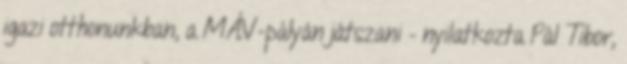
igazi otthonunkban, a MÁV-pályán játszani – nyilatkozta Pál Tibor,